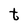
Character: t